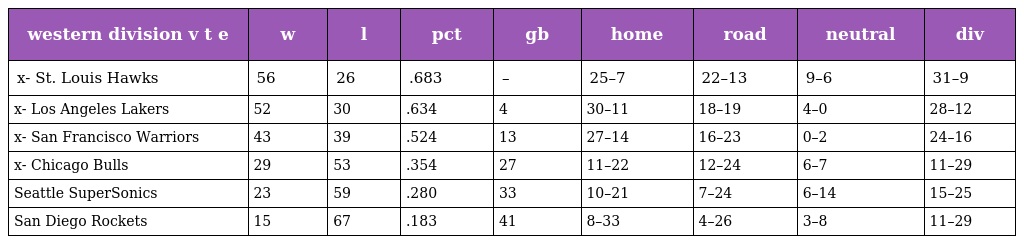
| western division v t e | w | l | pct | gb | home | road | neutral | div |
 | --- | --- | --- | --- | --- | --- | --- | --- | --- |
 | x- St. Louis Hawks | 56 | 26 | .683 | – | 25–7 | 22–13 | 9–6 | 31–9 |
 | x- Los Angeles Lakers | 52 | 30 | .634 | 4 | 30–11 | 18–19 | 4–0 | 28–12 |
 | x- San Francisco Warriors | 43 | 39 | .524 | 13 | 27–14 | 16–23 | 0–2 | 24–16 |
 | x- Chicago Bulls | 29 | 53 | .354 | 27 | 11–22 | 12–24 | 6–7 | 11–29 |
 | Seattle SuperSonics | 23 | 59 | .280 | 33 | 10–21 | 7–24 | 6–14 | 15–25 |
 | San Diego Rockets | 15 | 67 | .183 | 41 | 8–33 | 4–26 | 3–8 | 11–29 |